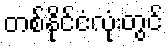
တစ်နိုင်ငံလုံးတွင်